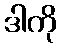
ဒါကို